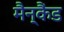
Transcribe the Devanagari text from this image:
मैन्कैंड